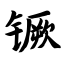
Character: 镢